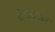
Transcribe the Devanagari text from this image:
शेगांवमध्ये